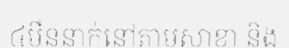
៤ម៉ឺននាក់នៅតាមសាខា និង